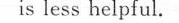
is less helpful.